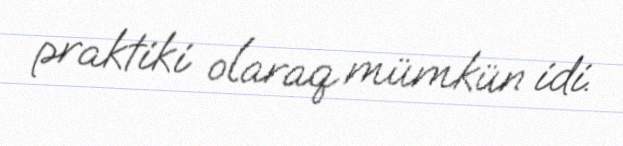
praktiki olaraq mümkün idi.